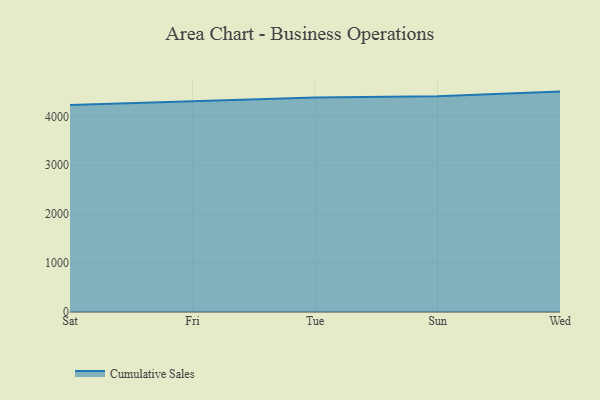
{"axis": {"x": "Day", "y": "Revenue (USD Million)"}, "legend": ["Cumulative Sales"], "data": [{"x": "Sat", "y": 4232.8, "type": "Cumulative Sales"}, {"x": "Fri", "y": 4313.5, "type": "Cumulative Sales"}, {"x": "Tue", "y": 4385.2, "type": "Cumulative Sales"}, {"x": "Sun", "y": 4409.9, "type": "Cumulative Sales"}, {"x": "Wed", "y": 4506.8, "type": "Cumulative Sales"}]}